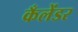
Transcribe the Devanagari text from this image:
कँलेंडर